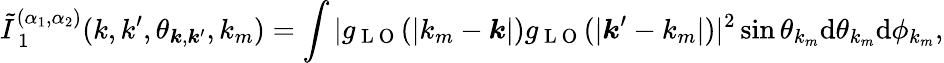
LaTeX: \tilde{I}_{\mathrm{~1~}}^{(\alpha_{1},\alpha_{2})}(k,k^{\prime},\theta_{\boldsymbol{k},\boldsymbol{k}^{\prime}},k_{m})=\int|g_{\mathrm{~L~O~}}(|k_{m}-\boldsymbol{k}|)g_{\mathrm{~L~O~}}(|\boldsymbol{k}^{\prime}-k_{m}|)|^{2}\sin\theta_{k_{m}}\mathrm{d}\theta_{k_{m}}\mathrm{d}\phi_{k_{m}},